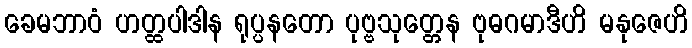
ခေမဘာဝံ ဟတ္ထပါဒါန ရုပ္ပနတော ပုဗ္ဗသုတ္တေန ဗုဓဂမာဒီဟိ မနုဇေဟိ